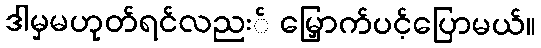
ဒါမှမဟုတ်ရင်လညး် မြှောက်ပင့်ပြောမယ်။